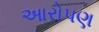
આરોપણ